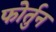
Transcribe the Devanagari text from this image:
फोर्तुन